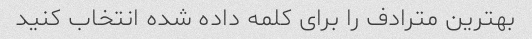
بهترین مترادف را برای کلمه داده شده انتخاب کنید